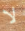
لا